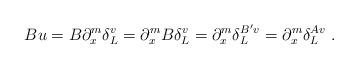
LaTeX: \begin{align*}Bu=B\partial_x^m\delta_L^v=\partial_x^mB\delta_L^v=\partial_x^m\delta_L^{B'v}=\partial_x^m\delta_L^{Av}\;.\end{align*}